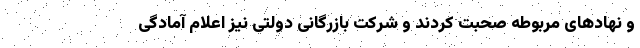
و نهادهای مربوطه صحبت کردند و شرکت بازرگانی دولتی نیز اعلام آمادگی